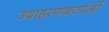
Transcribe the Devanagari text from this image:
उदाहरणकर्ताओं